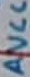
Text: AVCC